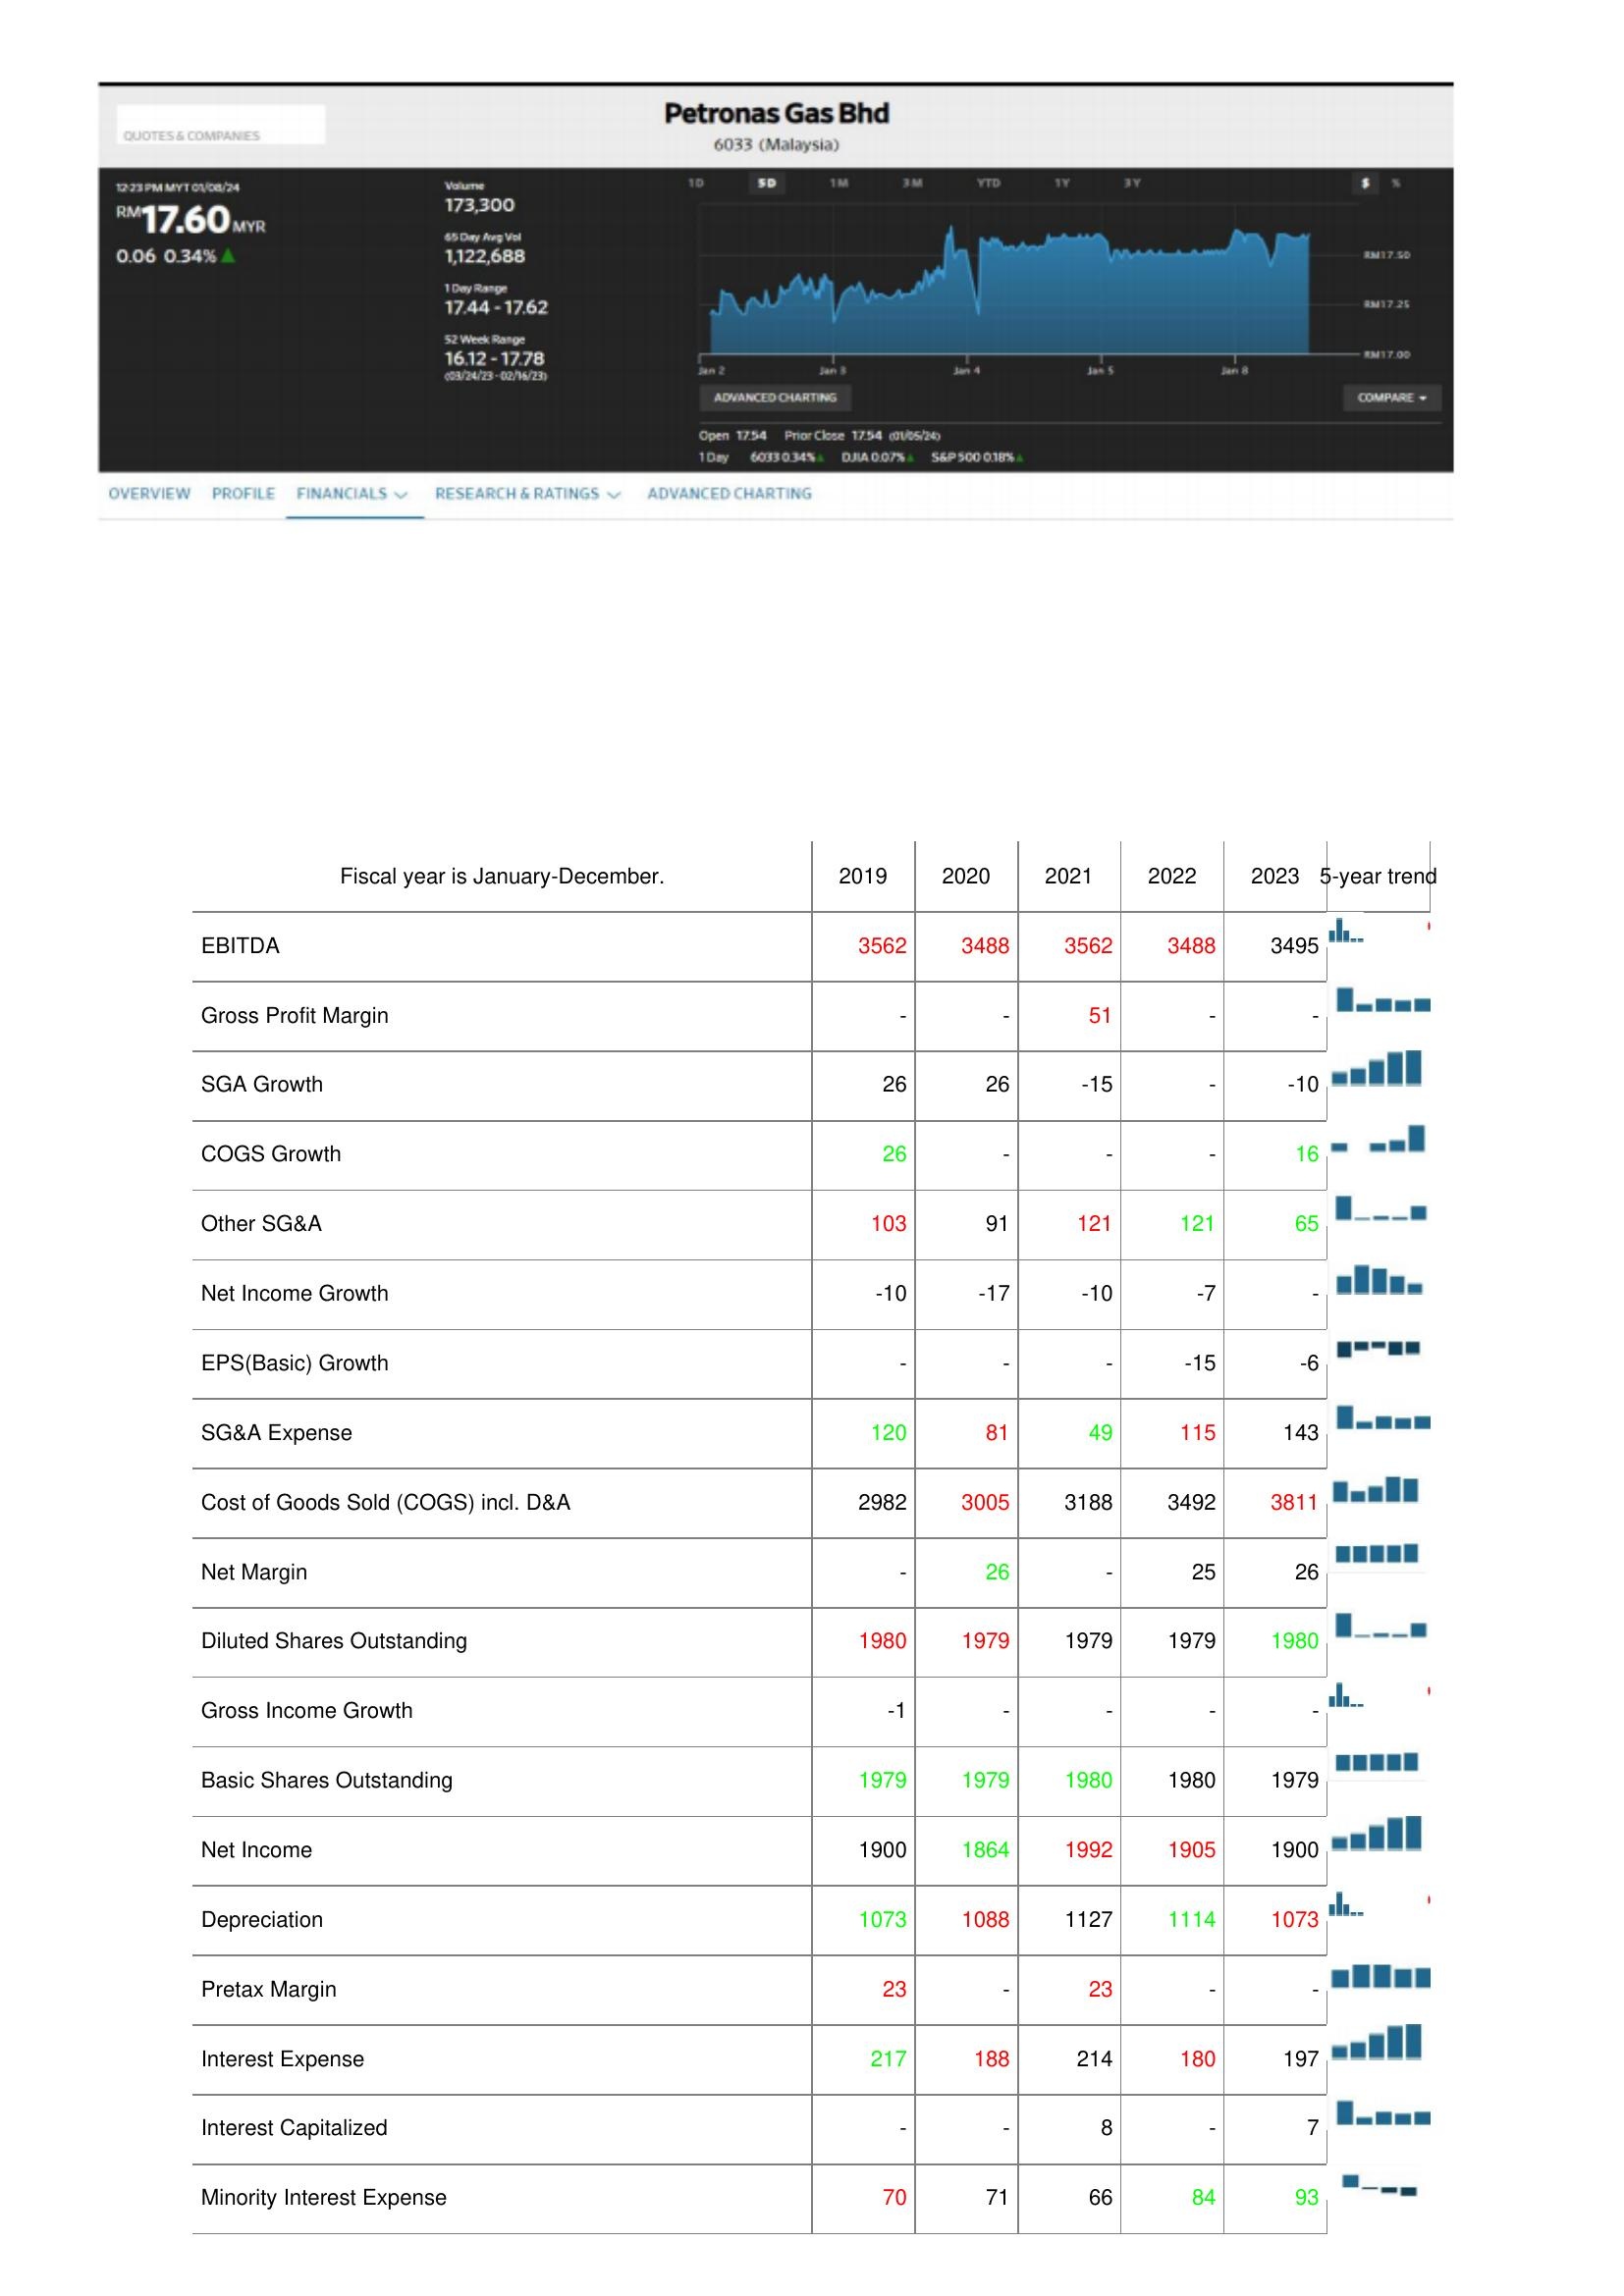
2019: : EBITDA: 3562
Gross Profit Margin: -
SGA Growth: 26
COGS Growth: 26
Other SG&A: 103
Net Income Growth: -10
EPS(Basic) Growth: -
SG&A Expense: 120
Cost of Goods Sold (COGS) incl. D&A: 2982
Net Margin: -
Diluted Shares Outstanding: 1980
Gross Income Growth: -1
Basic Shares Outstanding: 1979
Net Income: 1900
Depreciation: 1073
Pretax Margin: 23
Interest Expense: 217
Interest Capitalized: -
Minority Interest Expense: 70
2020: : EBITDA: 3488
Gross Profit Margin: -
SGA Growth: 26
COGS Growth: -
Other SG&A: 91
Net Income Growth: -17
EPS(Basic) Growth: -
SG&A Expense: 81
Cost of Goods Sold (COGS) incl. D&A: 3005
Net Margin: 26
Diluted Shares Outstanding: 1979
Gross Income Growth: -
Basic Shares Outstanding: 1979
Net Income: 1864
Depreciation: 1088
Pretax Margin: -
Interest Expense: 188
Interest Capitalized: -
Minority Interest Expense: 71
2021: : EBITDA: 3562
Gross Profit Margin: 51
SGA Growth: -15
COGS Growth: -
Other SG&A: 121
Net Income Growth: -10
EPS(Basic) Growth: -
SG&A Expense: 49
Cost of Goods Sold (COGS) incl. D&A: 3188
Net Margin: -
Diluted Shares Outstanding: 1979
Gross Income Growth: -
Basic Shares Outstanding: 1980
Net Income: 1992
Depreciation: 1127
Pretax Margin: 23
Interest Expense: 214
Interest Capitalized: 8
Minority Interest Expense: 66
2022: : EBITDA: 3488
Gross Profit Margin: -
SGA Growth: -
COGS Growth: -
Other SG&A: 121
Net Income Growth: -7
EPS(Basic) Growth: -15
SG&A Expense: 115
Cost of Goods Sold (COGS) incl. D&A: 3492
Net Margin: 25
Diluted Shares Outstanding: 1979
Gross Income Growth: -
Basic Shares Outstanding: 1980
Net Income: 1905
Depreciation: 1114
Pretax Margin: -
Interest Expense: 180
Interest Capitalized: -
Minority Interest Expense: 84
2023: : EBITDA: 3495
Gross Profit Margin: -
SGA Growth: -10
COGS Growth: 16
Other SG&A: 65
Net Income Growth: -
EPS(Basic) Growth: -6
SG&A Expense: 143
Cost of Goods Sold (COGS) incl. D&A: 3811
Net Margin: 26
Diluted Shares Outstanding: 1980
Gross Income Growth: -
Basic Shares Outstanding: 1979
Net Income: 1900
Depreciation: 1073
Pretax Margin: -
Interest Expense: 197
Interest Capitalized: 7
Minority Interest Expense: 93